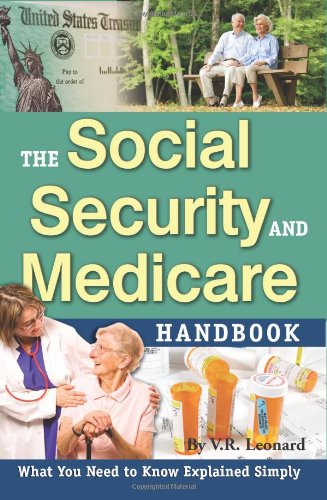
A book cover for The Social Security and Medicare Handbook: What You Need to Know Explained Simply; V.R. Leonard; Law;